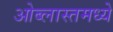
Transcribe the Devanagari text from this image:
ओब्लास्तमध्ये